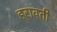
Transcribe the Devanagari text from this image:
हरावती